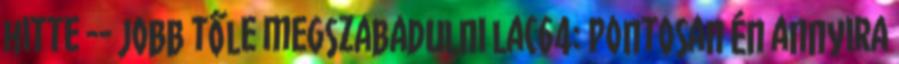
hitte -- jobb tőle megszabadulni lac64: Pontosan Én annyira